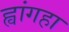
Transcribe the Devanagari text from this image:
ह्वांगहा